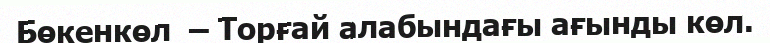
Бөкенкөл  – Торғай алабындағы ағынды көл.